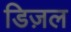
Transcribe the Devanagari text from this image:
डिज़ल